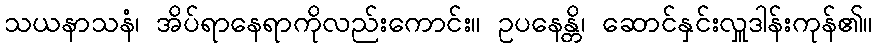
သယနာသနံ၊ အိပ်ရာနေရာကိုလည်းကောင်း။ ဥပနေန္တိ၊ ဆောင်နှင်းလှူဒါန်းကုန်၏။